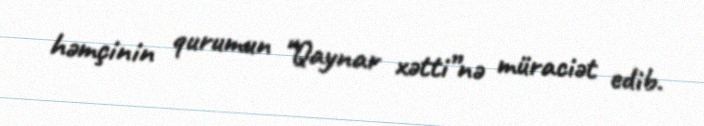
həmçinin qurumun “Qaynar xətti”nə müraciət edib.